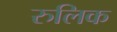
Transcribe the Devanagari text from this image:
रुलिक